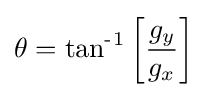
\theta =\operatorname {tan{^{-}}{^{1}}} \left[{\frac {g_{y}}{g_{x}}}\right]